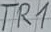
Text: TR1